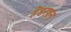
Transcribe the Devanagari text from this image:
हेंडरशन